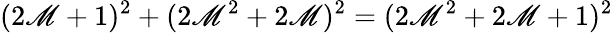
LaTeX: (2\mathscr{M}+1)^{2}+(2\mathscr{M}^{2}+2\mathscr{M})^{2}=(2\mathscr{M}^{2}+2\mathscr{M}+1)^{2}